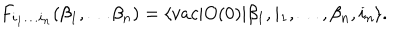
F _ { i _ { 1 } \dots i _ { n } } ( \beta _ { 1 } , \dots \beta _ { n } ) = \langle v a c \vert O ( 0 ) \vert \beta _ { 1 } , i _ { 1 } , \dots , \beta _ { n } , i _ { n } \rangle .